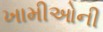
ખામીઓની